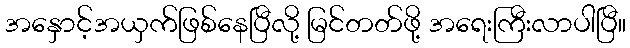
အနှောင့်အယှက်ဖြစ်နေပြီလို့ မြင်တတ်ဖို့ အရေးကြီးလာပါပြီ။